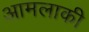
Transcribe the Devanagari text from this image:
आमलाकी